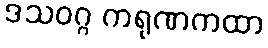
ဒသဝဂ္ဂ ကရုဏကထာ